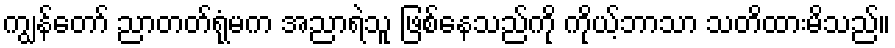
ကျွန်တော် ညာတတ်ရုံမက အညာရဲသူ ဖြစ်နေသည်ကို ကိုယ့်ဘာသာ သတိထားမိသည်။